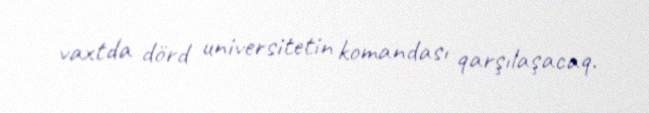
vaxtda dörd universitetin komandası qarşılaşacaq.